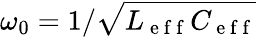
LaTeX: \omega_{0}=1/\sqrt{L_{\mathrm{~e~f~f~}}C_{\mathrm{~e~f~f~}}}